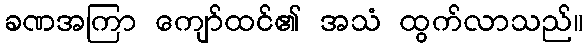
ခဏအကြာ ကျော်ထင်၏ အသံ ထွက်လာသည်။